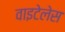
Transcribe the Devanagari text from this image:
वाइटेलेस